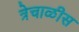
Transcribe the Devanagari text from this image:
त्रेचाळीस